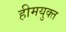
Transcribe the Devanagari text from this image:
हीमयुक्त